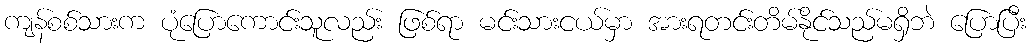
ကျန်စစ်သားက ပုံပြောကောင်းသူလည်း ဖြစ်ရာ မင်းသားငယ်မှာ အားရတင်းတိမ်နိုင်သည်မရှိဘဲ ပြောပြီး